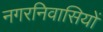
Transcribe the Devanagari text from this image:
नगरनिवासियों